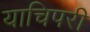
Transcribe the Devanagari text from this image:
याचिपरी